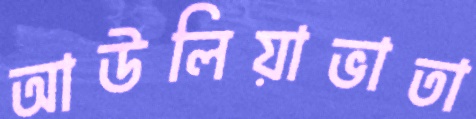
আউলিয়াভাতা